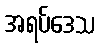
အရပ်ဒေသ